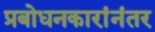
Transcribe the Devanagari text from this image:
प्रबोधनकारांनंतर